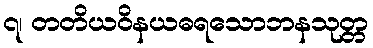
၇၊ တတိယဝိနယဓရသောဘနသုတ္တ